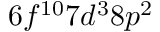
6 f ^ { 1 0 } 7 d ^ { 3 } 8 p ^ { 2 }